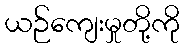
ယဉ်ကျေးမှုတို့ကို